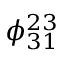
\phi _ { 3 1 } ^ { 2 3 }